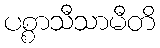
ပစ္စာသီသာမီတိ